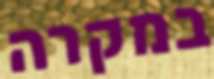
במקרה